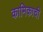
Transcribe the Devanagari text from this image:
कामिकाची